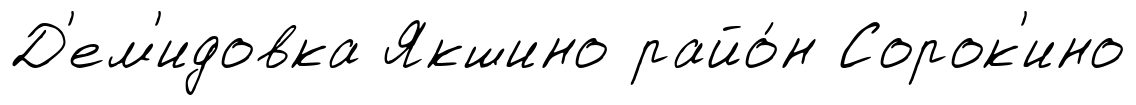
Д'ем'идовка Якшино райо́н Сорок'ино